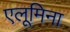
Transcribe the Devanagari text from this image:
एलूमिना